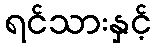
ရင်သားနှင့်